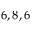
6 , 8 , 6